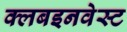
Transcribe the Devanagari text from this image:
क्लबइनवेस्ट